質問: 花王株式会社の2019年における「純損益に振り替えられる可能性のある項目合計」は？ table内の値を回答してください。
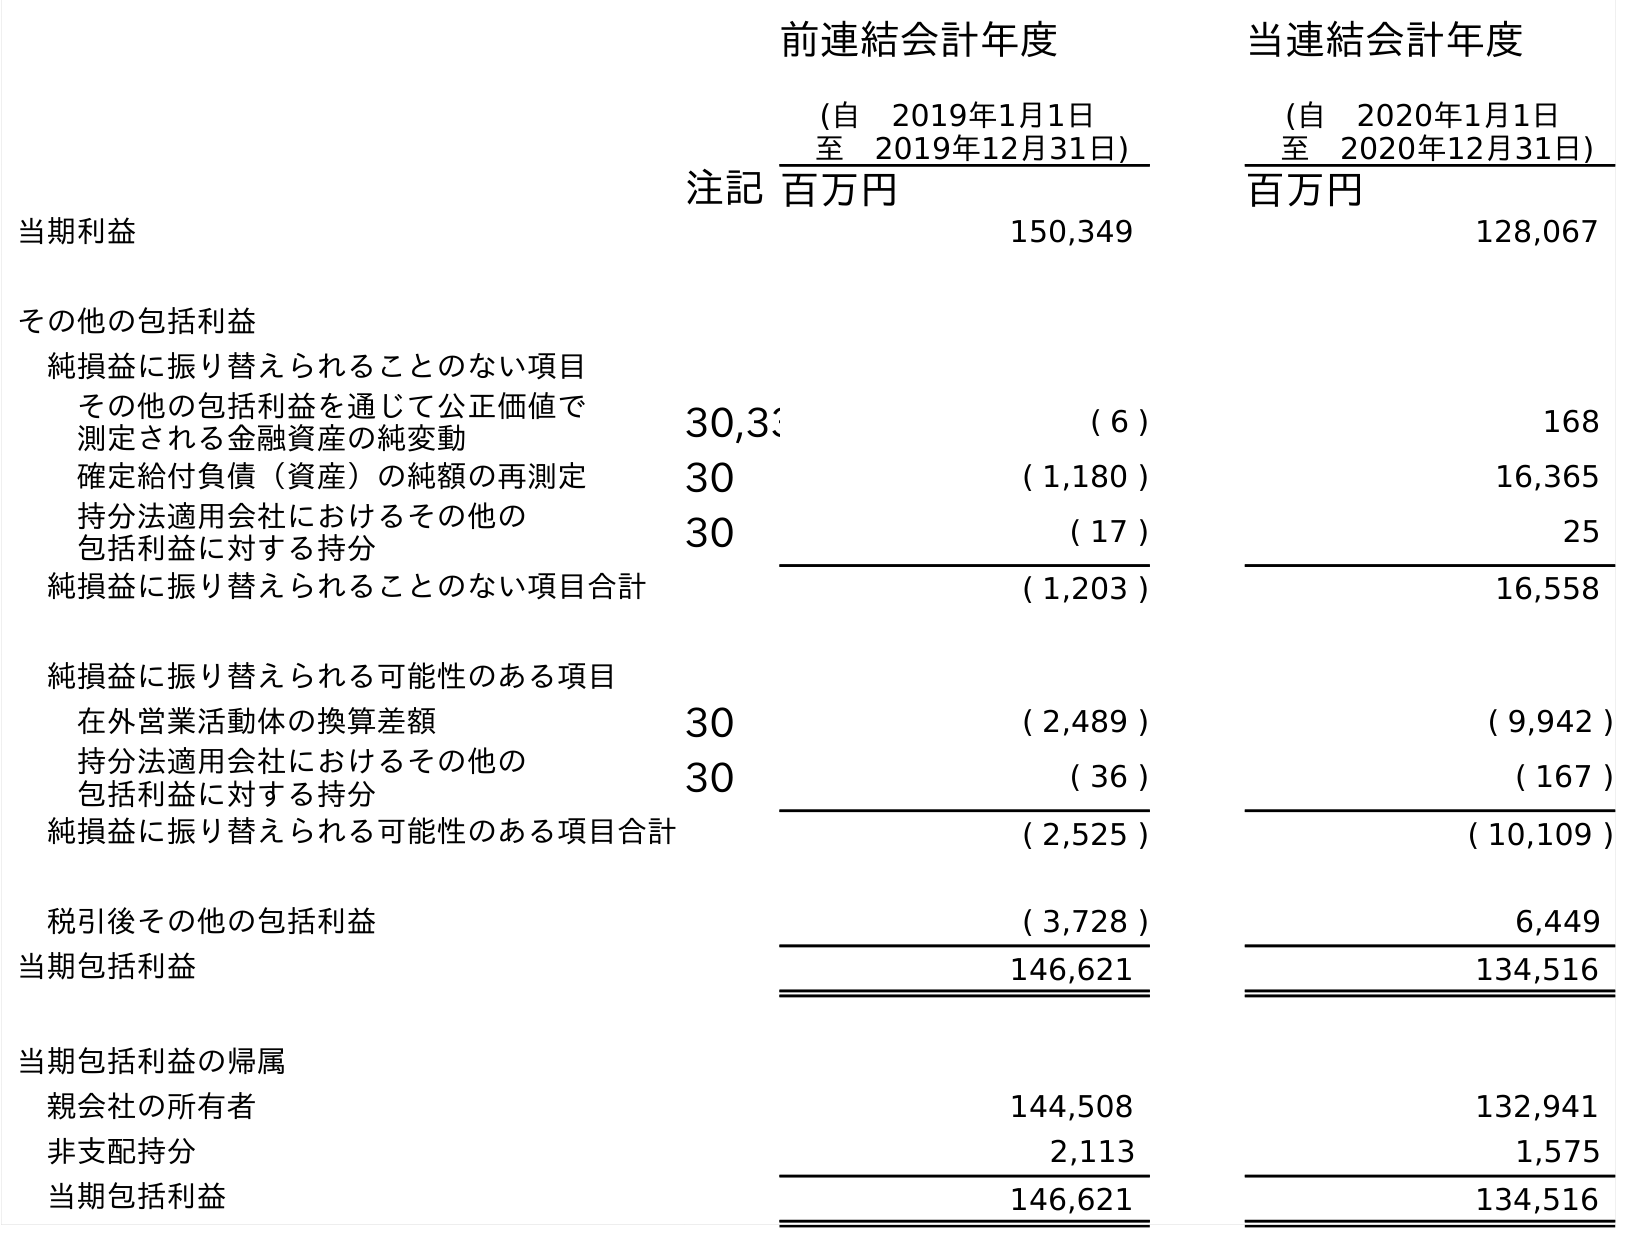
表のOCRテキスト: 前連結会計年度 (自 2019年1月1日 至 2019年12月31日) 当連結会計年度 (自 2020年1月1日 至 2020年12月31日) 注記百万円 百万円 当期利益 150,349 128,067 その他の包括利益 純損益に振り替えられることのない項目 その他の包括利益を通じて公正価値で 測定される金融資産の純変動 30,33 ( 6 ) 168 確定給付負債（資産）の純額の再測定 30 ( 1,180 ) 16,365 持分法適用会社におけるその他の 包括利益に対する持分 30 ( 17 ) 25 純損益に振り替えられることのない項目合計 ( 1,203 ) 16,558 純損益に振り替えられる可能性のある項目 在外営業活動体の換算差額 30 ( 2,489 ) ( 9,942 ) 持分法適用会社におけるその他の 包括利益に対する持分 30 ( 36 ) ( 167 ) 純損益に振り替えられる可能性のある項目合計 ( 2,525 ) ( 10,109 ) 税引後その他の包括利益 ( 3,728 ) 6,449 当期包括利益 146,621 134,516 当期包括利益の帰属 親会社の所有者 144,508 132,941 非支配持分 2,113 1,575 当期包括利益 146,621 134,516
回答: (2,525)